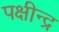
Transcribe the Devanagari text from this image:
पक्षीन्द्र